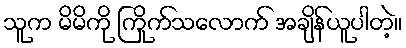
သူက မိမိကို ကြိုက်သလောက် အချိန်ယူပါတဲ့။